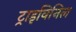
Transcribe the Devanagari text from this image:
ट्राइविनिल